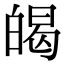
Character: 㿣